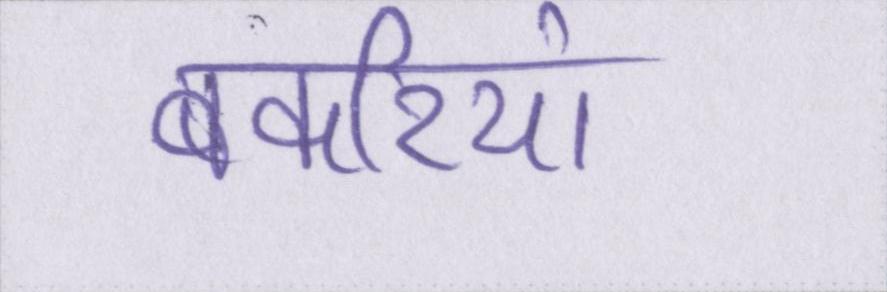
बकरियां